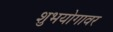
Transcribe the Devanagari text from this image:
शुभयोगावर